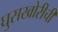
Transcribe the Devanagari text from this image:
घुसखोरीची